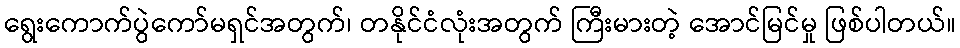
ရွေးကောက်ပွဲကော်မရှင်အတွက်၊ တနိုင်ငံလုံးအတွက် ကြီးမားတဲ့ အောင်မြင်မှု ဖြစ်ပါတယ်။